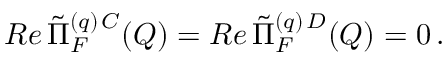
R e \, \tilde { \Pi } _ { F } ^ { ( q ) \, C } ( Q ) = R e \, \tilde { \Pi } _ { F } ^ { ( q ) \, D } ( Q ) = 0 \, .